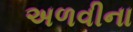
અળવીના